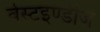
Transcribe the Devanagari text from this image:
वेस्टइण्डीज